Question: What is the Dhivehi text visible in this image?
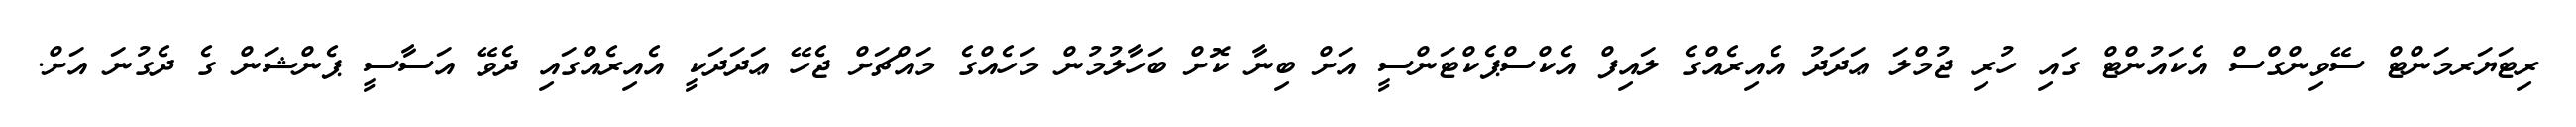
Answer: ރިޓަޔަރމަންޓް ސޭވިންގްސް އެކައުންޓް ގައި ހުރި ޖުމްލަ ޢަދަދު އެއިރެއްގެ ލައިފް އެކްސްޕެކްޓަންސީ އަށް ބިނާ ކޮށް ބަހާލުމުން މަހެއްގެ މައްޗަށް ޖެހޭ ޢަދަދަކީ އެއިރެއްގައި ދެވޭ އަސާސީ ޕެންޝަން ގެ ދެގުނަ އަށް.